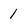
Character: 1